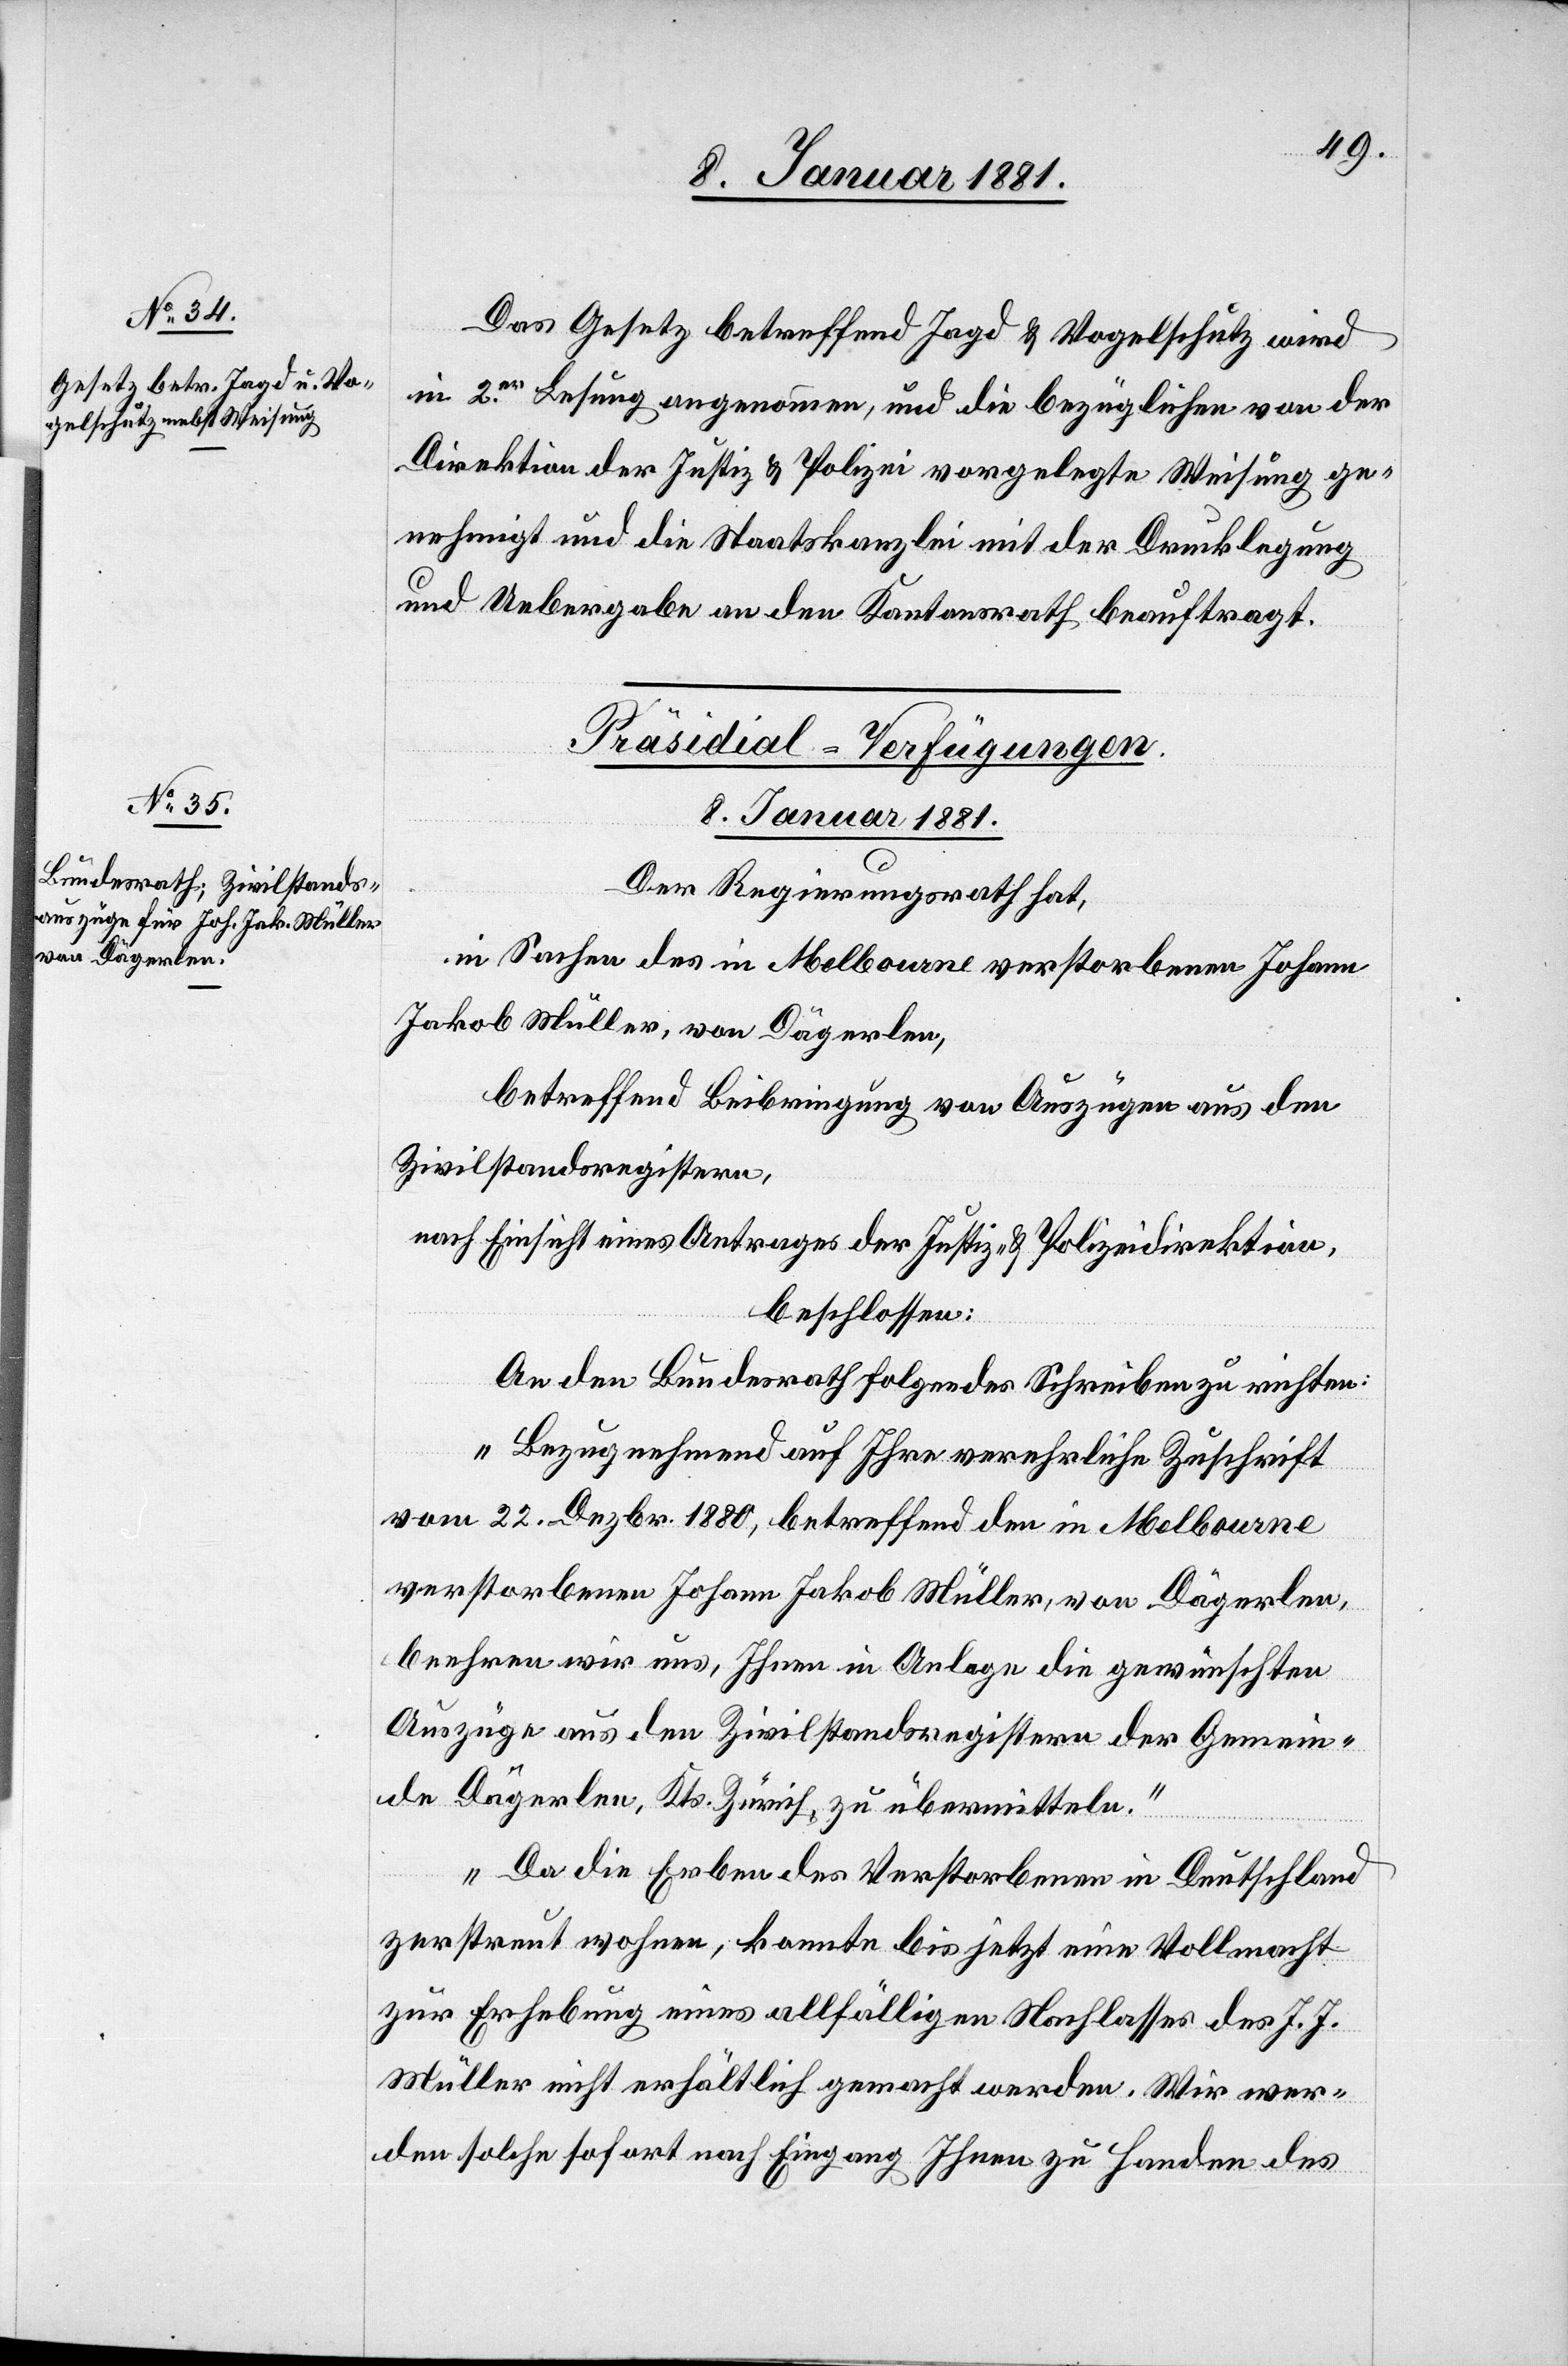
Das Gesetz betreffend Jagd & Vogelschutz wird
in 2.er Lesung angenommen, und die bezügliche von der
Direktion der Justiz & Polizei vorgelegte Weisung ge¬
nehmigt und die Staatskanzlei mit der Drucklegung
und Uebergabe an den Kantonsrath beauftragt.
Präsidial-Verfügungen.
8. Januar 1881.
Der Regierungsrath hat,
in Sachen des in Melbourne verstorbenen Johann
Jakob Müller, von Dägerlen,
betreffend Beibringung von Auszügen aus den
Zivilstandsregistern,
nach Einsicht eines Antrages der Justiz- & Polizeidirektion,
beschlossen:
An den Bundesrath folgendes Schreiben zu richten:
„Bezugnehmend auf Ihre verehrliche Zuschrift
vom 22. Dezbr. 1880, betreffend den in Melbourne
verstorbenen Johann Jakob Müller, von Dägerlen,
beehren wir uns, Ihnen in Anlage die gewünschten
Auszüge aus den Zivilstandsregistern der Gemein¬
de Dägerlen, Kts. Zürich, zu übermitteln.
Da die Erben des Verstorbenen in Deutschland
zerstreut wohnen, konnte bis jetzt eine Vollmacht
zur Erhebung eines allfälligen Nachlasses des J. J.
Müller nicht erhältlich gemacht werden. Wir wer¬
den solche sofort nach Eingang Ihnen zu Handen des